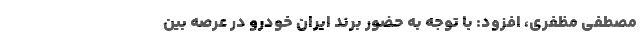
مصطفی مظفری، افزود: با توجه به حضور برند ایران خودرو در عرصه بین